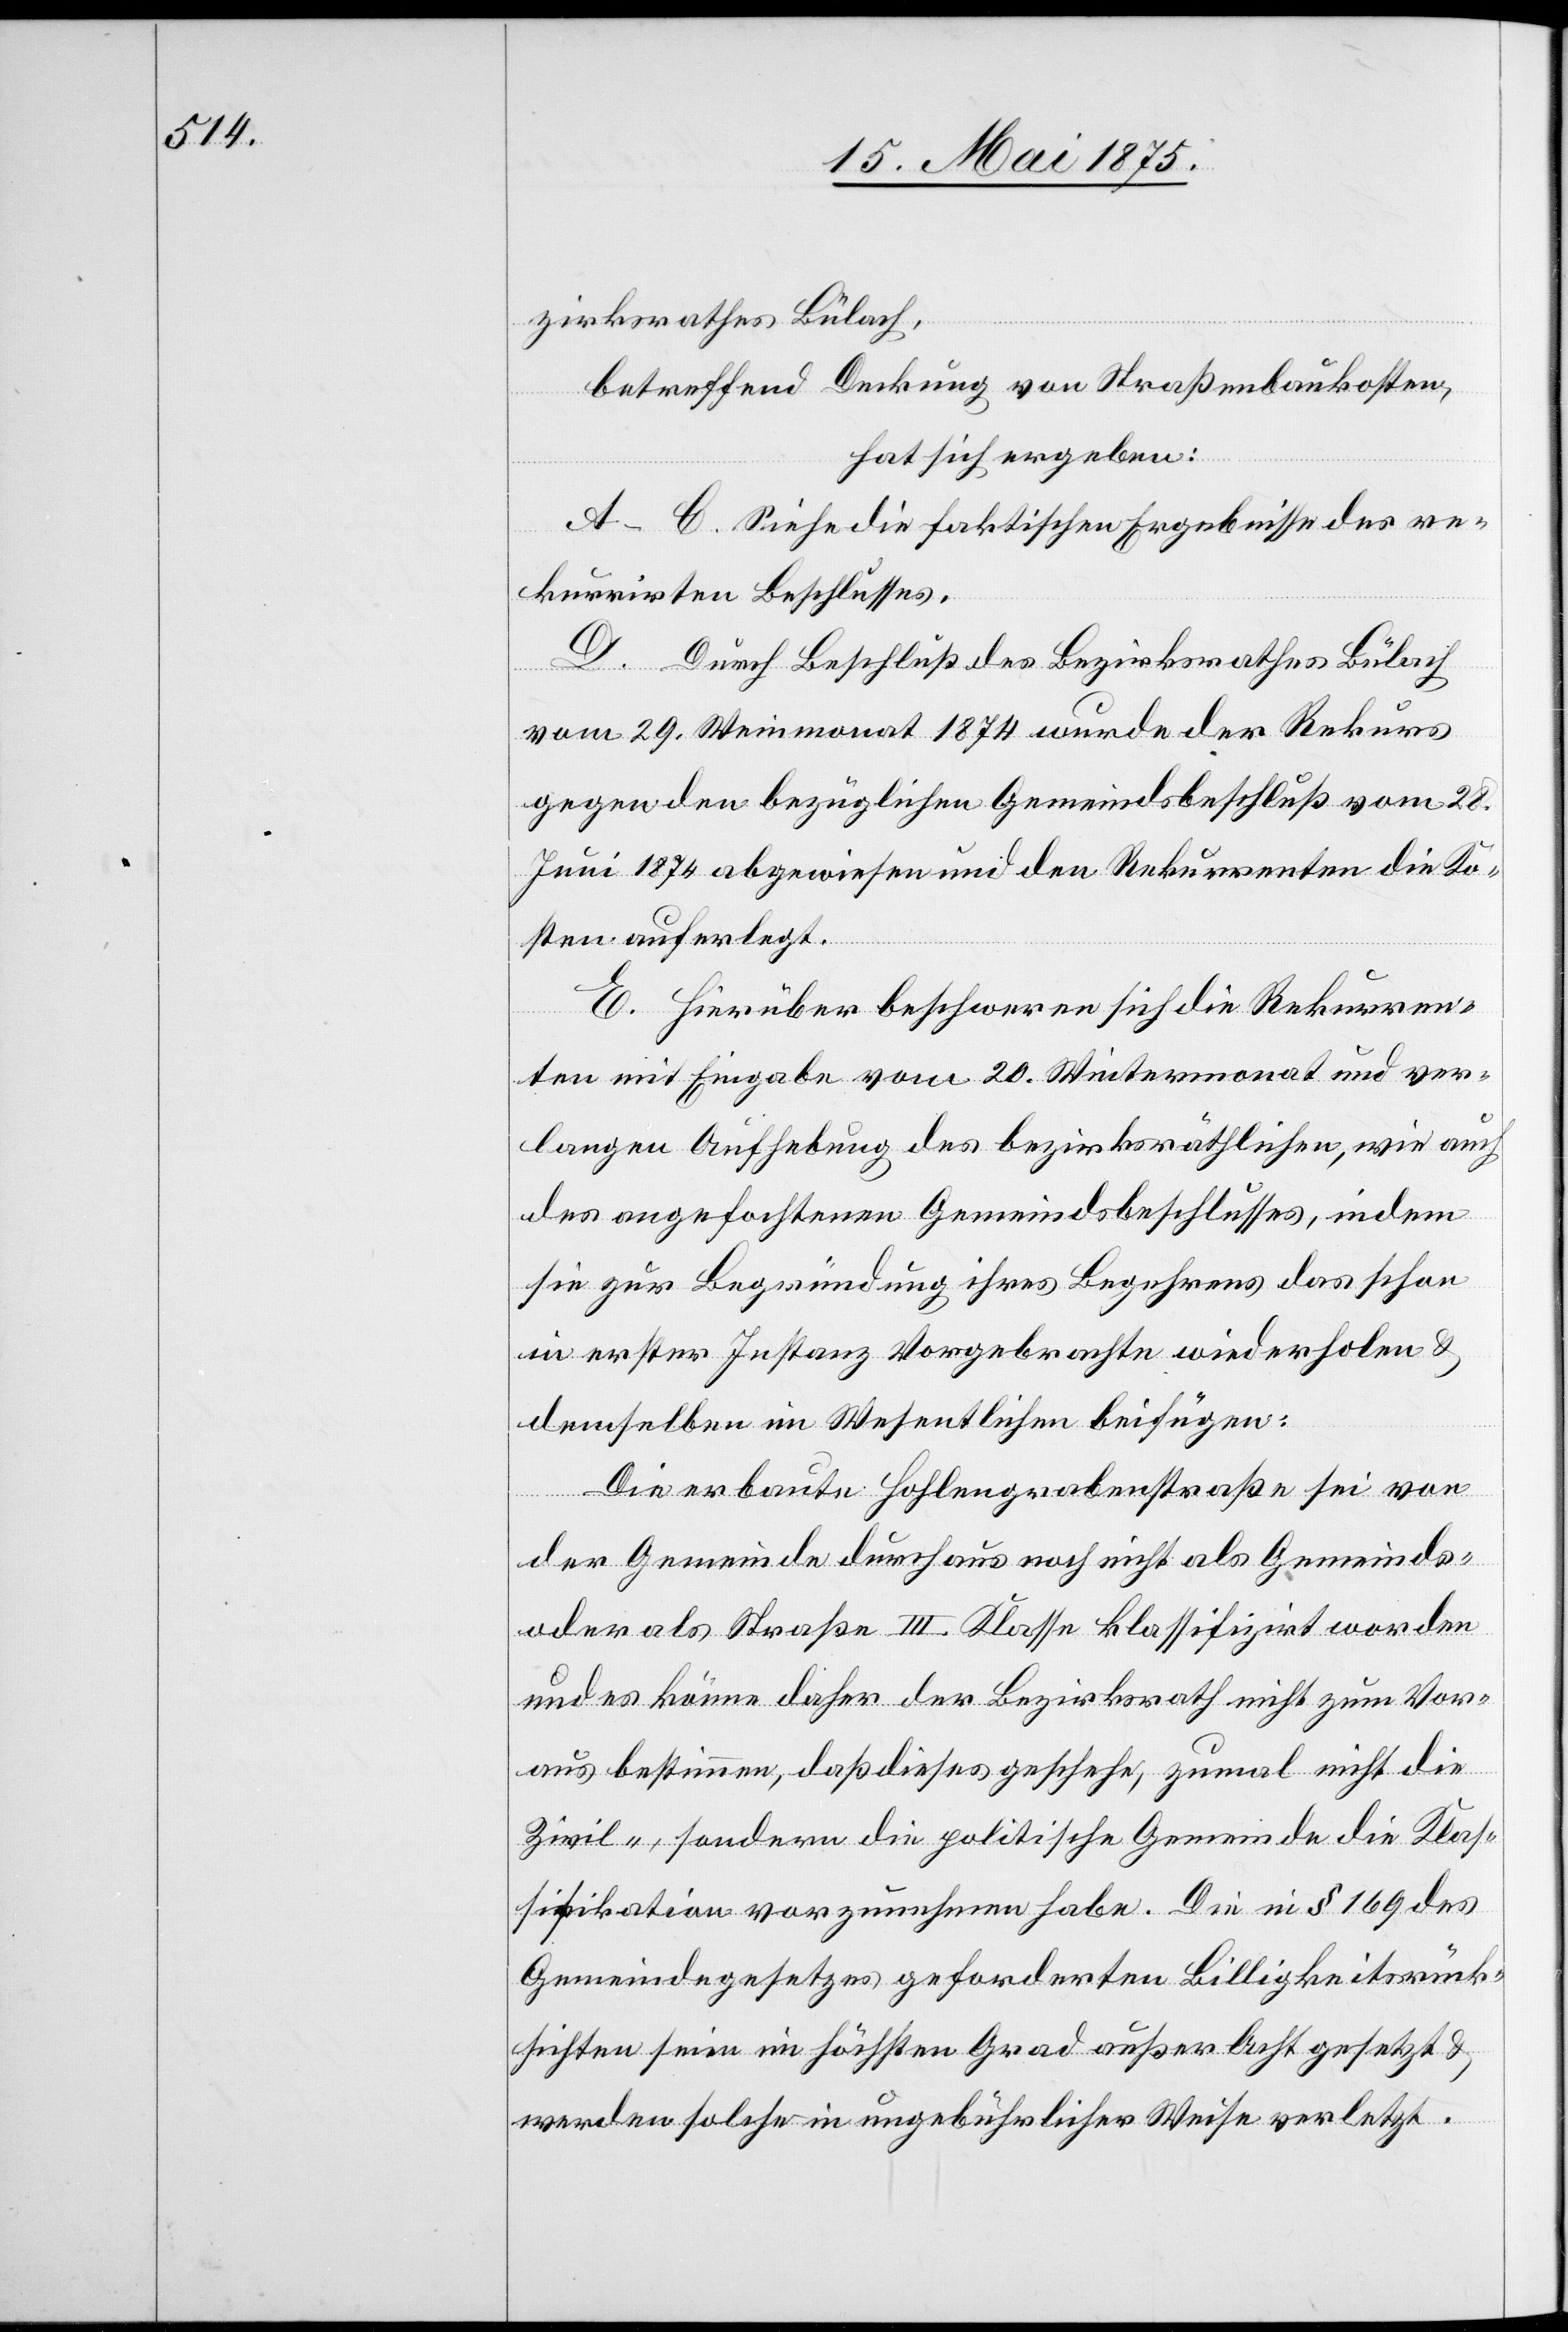
zirksrathes Bülach,
betreffend Deckung von Straßenbaukosten,
hat sich ergeben:
A–C. Siehe die faktischen Ergebnisse des re¬
kurrirten Beschlusses.
D. Durch Beschluß des Bezirksrath Bülach
vom 29. Weinmonat 1874 wurde der Rekurs
gegen den bezüglichen Gemeindsbeschluß vom 28.
Juni 1874 abgewiesen und den Rekurrenten die Ko¬
sten auferlegt.
E. Hierüber beschweren sich die Rekurren¬
ten mit Eingabe vom 20. Wintermonat und ver¬
langen Aufhebung des bezirksräthlichen, wie auch
des angefochtenen Gemeindsbeschlusses, indem
sie zur Begründung ihres Begehrens das schon
in erster Instanz Vorgebrachte wiederholen &
demselben im Wesentlichen beifügen:
Die erbaute Hohlengrabenstraße sein von
der Gemeinde durchaus noch nicht als Gemeinds-
oder als Straße III. Klasse klassifizirt worden
und es könne daher der Bezirksrath nicht zum Vor¬
aus bestimmen, daß dieses geschehe, zumal nicht die
Zivil-, sondern die politische Gemeinde die Klas¬
sifikation vorzunehmen habe. Die in § 169 des
Gemeindegesetzes geforderten Billigkeitsrück¬
sichten seien im höchsten Grad außer Acht gesetzt &
werden solche in ungebührlicher Weise verletzt.